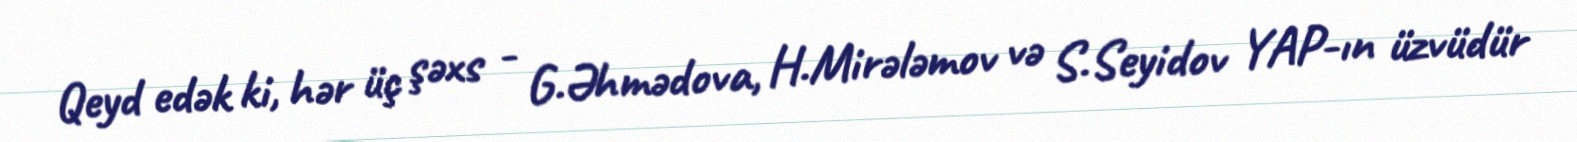
Qeyd edək ki, hər üç şəxs - G.Əhmədova, H.Mirələmov və S.Seyidov YAP-ın üzvüdür